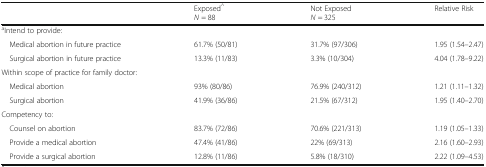
<table><thead><tr><td></td><td><b>Exposed<sup>^</sup><i>N</i> = 88</b></td><td><b>Not Exposed<i>N</i> = 325</b></td><td><b>Relative Risk</b></td></tr></thead><tbody><tr><td colspan="4"><sup>a</sup>Intend to provide:</td></tr><tr><td> Medical abortion in future practice</td><td>61.7% (50/81)</td><td>31.7% (97/306)</td><td>1.95 (1.54–2.47)</td></tr><tr><td> Surgical abortion in future practice</td><td>13.3% (11/83)</td><td>3.3% (10/304)</td><td>4.04 (1.78–9.22)</td></tr><tr><td colspan="4">Within scope of practice for family doctor:</td></tr><tr><td> Medical abortion</td><td>93% (80/86)</td><td>76.9% (240/312)</td><td>1.21 (1.11–1.32)</td></tr><tr><td> Surgical abortion</td><td>41.9% (36/86)</td><td>21.5% (67/312)</td><td>1.95 (1.40–2.70)</td></tr><tr><td colspan="4">Competency to:</td></tr><tr><td> Counsel on abortion</td><td>83.7% (72/86)</td><td>70.6% (221/313)</td><td>1.19 (1.05–1.33)</td></tr><tr><td> Provide a medical abortion</td><td>47.4% (41/86)</td><td>22% (69/313)</td><td>2.16 (1.60–2.93)</td></tr><tr><td> Provide a surgical abortion</td><td>12.8% (11/86)</td><td>5.8% (18/310)</td><td>2.22 (1.09–4.53)</td></tr></tbody></table>